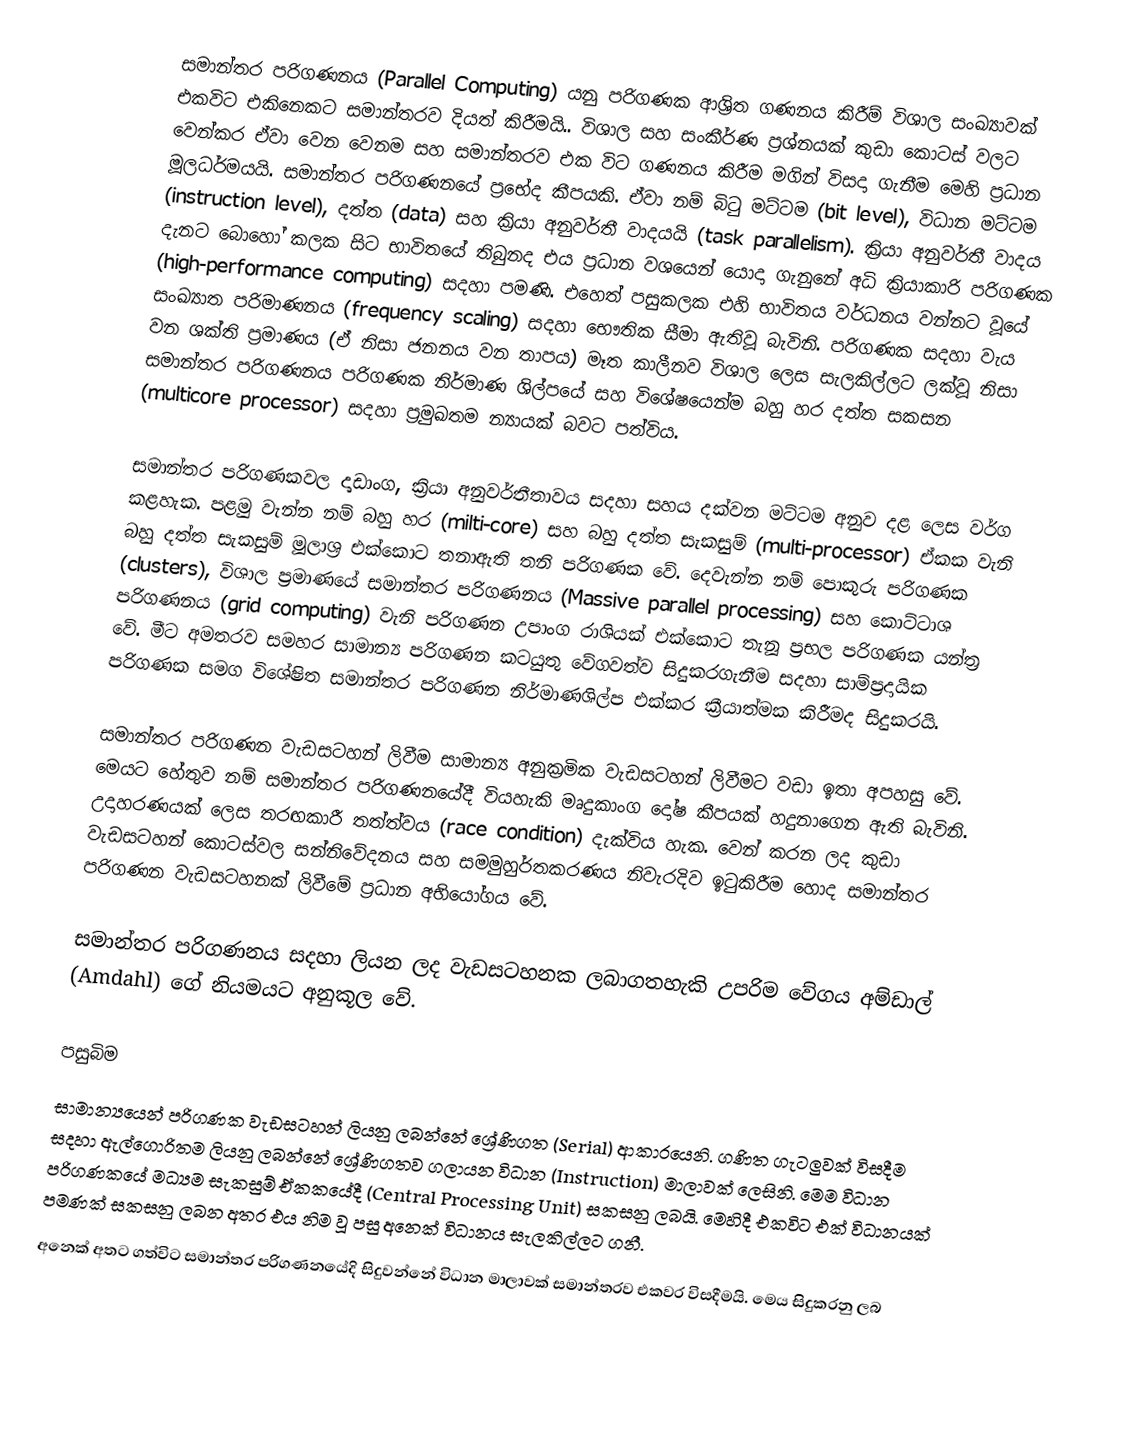
සමාන්තර පරිගණනය (Parallel Computing) යනු පරිගණක ආශ්‍රිත ගණනය කිරීම් විශාල සංඛ්‍යාවක් එකවිට එකිනෙකට සමාන්තරව දියත් කිරීමයි.. විශාල සහ සංකීර්ණ ප්‍රශ්නයක් කුඩා කොටස් වලට වෙන්කර ඒවා වෙන වෙනම සහ සමාන්තරව එක විට ගණනය කිරීම මගින් විසදා ගැනීම මෙහි ප්‍රධාන මූලධර්මයයි. සමාන්තර පරිගණනයේ ප්‍රභේද කීපයකි. ඒවා නම් බිටු මට්ටම (bit level), විධාන මට්ටම (instruction level), දත්ත (data) සහ ක්‍රියා අනුවර්තී වාදයයි (task parallelism). ක්‍රියා අනුවර්තී වාදය දැනට බොහෝ කලක සිට භාවිතයේ තිබුනද එය ප්‍රධාන වශයෙන් යොදා ගැනුනේ අධි ක්‍රියාකාරි පරිගණක (high-performance computing) සදහා පමණි. එහෙත් පසුකලක එහි භාවිතය වර්ධනය වන්නට වූයේ සංඛ්‍යාත පරිමාණනය (frequency scaling) සදහා භෞතික සීමා ඇතිවූ බැවිනි. පරිගණක සදහා වැය වන ශක්ති ප්‍රමාණය (ඒ නිසා ජනනය වන තාපය) මෑත කාලීනව විශාල ලෙස සැලකිල්ලට ලක්වූ නිසා සමාන්තර පරිගණනය පරිගණක නිර්මාණ ශිල්පයේ සහ විශේෂයෙන්ම බහු හර දත්ත සකසන (multicore processor) සදහා ප්‍රමුඛතම න්‍යායක් බවට පත්විය.

සමාන්තර පරිගණකවල දෘඩාංග, ක්‍රියා අනුවර්තීතාවය සදහා සහය දක්වන මට්ටම අනුව දළ ලෙස වර්ග කළහැක. පළමු වැන්න නම් බහු හර (milti-core) සහ බහු දත්ත සැකසුම් (multi-processor) ඒකක වැනි බහු දත්ත සැකසුම් මූලාශ්‍ර එක්කොට තනාඇති තනි පරිගණක වේ. දෙවැන්න නම් පොකුරු පරිගණක (clusters), විශාල ප්‍රමාණයේ සමාන්තර පරිගණනය (Massive parallel processing) සහ කොට්ටාශ පරිගණනය (grid computing) වැනි පරිගණන උපාංග රාශියක් එක්කොට තැනූ ප්‍රභල පරිගණක යන්ත්‍ර වේ. මීට අමතරව සමහර සාමාන්‍ය පරිගණන කටයුතු වේගවත්ව සිදුකරගැනීම සදහා සාම්ප්‍රදායික පරිගණක සමග විශේෂිත සමාන්තර පරිගණන නිර්මාණශිල්ප එක්කර ක්‍රීයාත්මක කිරීමද සිදුකරයි.

සමාන්තර පරිගණන වැඩසටහන් ලිවීම සාමාන්‍ය අනුක්‍රමික වැඩසටහන් ලිවීමට වඩා ඉතා අපහසු වේ. මෙයට හේතුව නම් සමාන්තර පරිගණනයේදී වියහැකි මෘදුකාංග දෝෂ කීපයක් හදුනාගෙන ඇති බැවිනි. උදාහරණයක් ලෙස තරඟකාරී තත්ත්වය (race condition) දැක්විය හැක. වෙන් කරන ලද කුඩා වැඩසටහන් කොටස්වල සන්නිවේදනය සහ සමමුහුර්තකරණය නිවැරදිව ඉටුකිරීම හොද සමාන්තර පරිගණන වැඩසටහනක් ලිවීමේ ප්‍රධාන අභියෝගය වේ.

සමාන්තර පරිගණනය සදහා ලියන ලද වැඩසටහනක ලබාගතහැකි උපරිම වේගය අම්ඩාල් (Amdahl) ගේ නියමයට අනුකූල වේ.

පසුබිම
සාමාන්‍යයෙන් පරිගණක වැඩසටහන් ලියනු ලබන්නේ ශ්‍රේණිගත (Serial) ආකාරයෙනි. ගණිත ගැටලුවක් විසදීම සදහා ඇල්ගොරිතම ලියනු ලබන්නේ ශ්‍රේණිගතව ගලායන විධාන (Instruction) මාලාවක් ලෙසිනි. මෙම විධාන පරිගණකයේ මධ්‍යම සැකසුම් ඒකකයේදී (Central Processing Unit) සකසනු ලබයි. මෙහිදී එකවිට එක් විධානයක් පමණක් සකසනු ලබන අතර එය නිම වූ පසු අනෙක් විධානය සැලකිල්ලට ගනී.
අනෙක් අතට ගත්විට සමාන්තර පරිගණනයේදි සිදුවන්නේ විධාන මාලාවක් සමාන්තරව එකවර විසදීමයි. මෙය සිදුකරනු ලබ